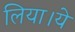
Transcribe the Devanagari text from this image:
लिया।ये